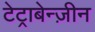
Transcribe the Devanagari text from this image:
टेट्राबेन्ज़ीन